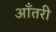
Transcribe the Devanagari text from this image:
आँतरी